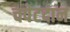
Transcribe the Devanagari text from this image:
चपेटदान